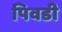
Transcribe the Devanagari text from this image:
पिवडी